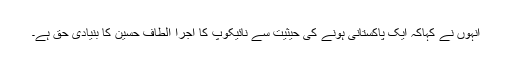
انہوں نے کہاکہ ایک پاکستانی ہونے کی حیثیت سے نائیکوپ کا اجرا الطاف حسین کا بنیادی حق ہے۔